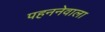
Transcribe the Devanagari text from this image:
पहननेवाला